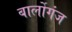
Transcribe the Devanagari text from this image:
बार्लोगंज